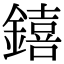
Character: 𨭎